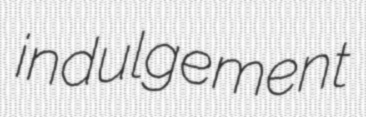
indulgement